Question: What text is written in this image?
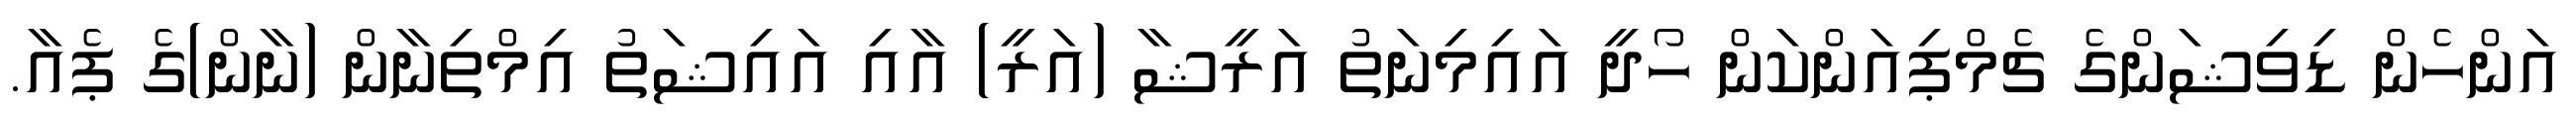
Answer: އަންހެން ޑިވިޝަންގެ ޗެމްޕިއަންކަން ހޯދީ އައިމިނަތު އަރީޝާ (އަރީ) އާއި އައިޝަތު އިމްތިނާން (ނާން)ގެ ޕެއާ.